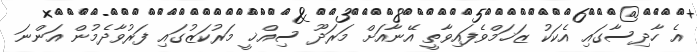
އެ ހާދިސާގައި އެކަކު ޒަޚަމްވެފައިވާތީ އޭނާއަށް މަރަދޫ ސިއްޚީ މަރުކަޒުގައި ފަރުވާދެމުން އަންނަ